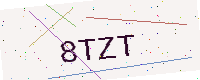
Text: 8TZT